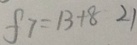
f 7 = 1 3 + 8 2 1